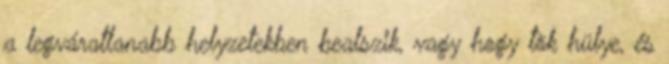
a legváratlanabb helyzetekben bealszik, vagy hogy tök hülye, és